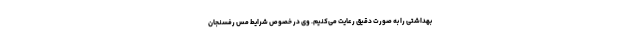
بهداشتی را به صورت دقیق رعایت می‌کنیم. وی در خصوص شرایط مس رفسنجان